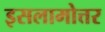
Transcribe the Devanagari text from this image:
इसलामोत्तर